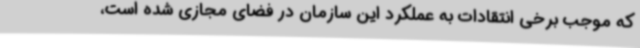
که موجب برخی انتقادات به عملکرد این سازمان در فضای مجازی شده است،